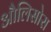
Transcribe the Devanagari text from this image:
औलिसोरा